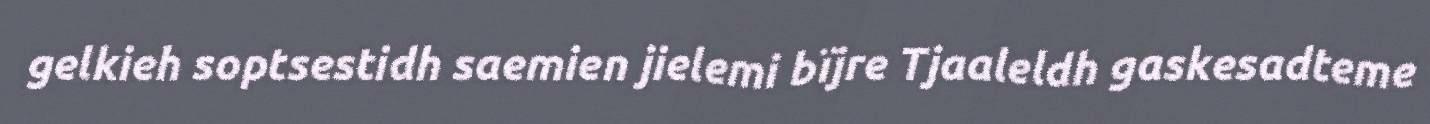
gelkieh soptsestidh saemien jielemi bïjre Tjaaleldh gaskesadteme